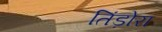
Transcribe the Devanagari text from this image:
तिंड़ोरा